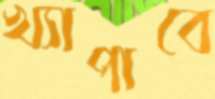
খ্যাপাবে